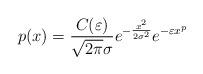
LaTeX: \begin{align*}p(x)=\frac{C(\varepsilon)}{\sqrt{2 \pi}\sigma}e^{-\frac{x^{2}}{2 \sigma^{2}}}e^{-\varepsilon x^{p}}\end{align*}